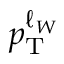
p _ { \mathrm { T } } ^ { \ell _ { W } }